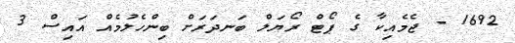
1692 - ޖެމެއިކާ ގެ ޕޯޓް ރޯޔަލް ބަނދަރަށް ބިންހެލުމެއް އައިސް 3